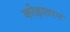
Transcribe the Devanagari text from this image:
कोड़ातरन